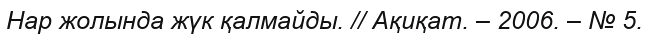
Нар жолында жүк қалмайды. // Ақиқат. – 2006. – № 5.